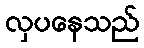
လှပနေသည်